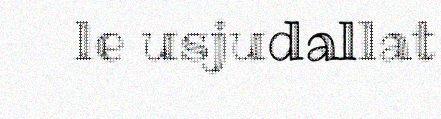
le usjudallat